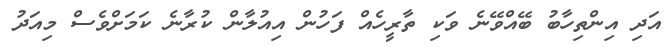
އަދި އިންތިހާބު ބޭއްވޭނެ ވަކި ތާރީހެއް ފަހުން އިއުލާން ކުރާނެ ކަމަށްވެސް މިއަދު